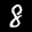
Label: 8